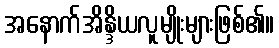
အနောက်အိန္ဒိယလူမျိုးများဖြစ်၏။